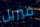
ميريل